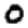
Digit: 0